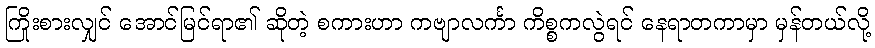
ကြိုးစားလျှင် အောင်မြင်ရာ၏ ဆိုတဲ့ စကားဟာ ကဗျာလင်္ကာ ကိစ္စကလွဲရင် နေရာတကာမှာ မှန်တယ်လို့